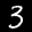
Label: 3